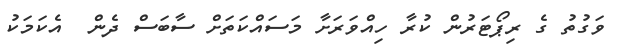
ވަގުތު ގެ ރިޕޯޓަރުން ކުރާ ހިއްވަރަށާ މަސައްކަތަށް ސާބަސް ދެން  އެކަމަކު